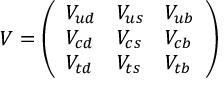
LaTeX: V = \left( \begin{array} { l l l } { { V _ { u d } } } & { { V _ { u s } } } & { { V _ { u b } } } \\ { { V _ { c d } } } & { { V _ { c s } } } & { { V _ { c b } } } \\ { { V _ { t d } } } & { { V _ { t s } } } & { { V _ { t b } } } \end{array} \right)